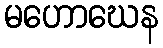
မဟောဃေန